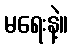
မရေးနဲ့။